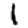
Digit: 1